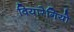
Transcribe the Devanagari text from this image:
वियारेगियो